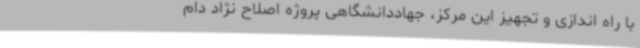
با راه اندازی و تجهیز این مرکز، جهاددانشگاهی پروژه اصلاح نژاد دام